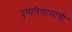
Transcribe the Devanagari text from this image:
दुष्परिणामांची